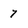
Character: 7